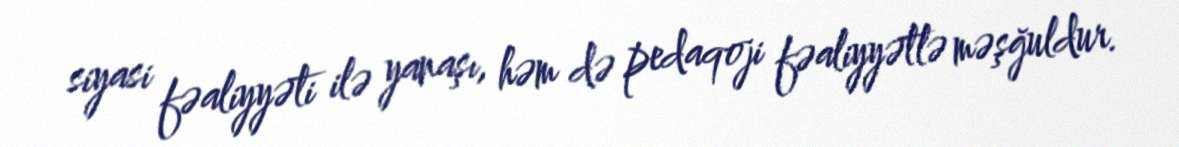
siyasi fəaliyyəti ilə yanaşı, həm də pedaqoji fəaliyyətlə məşğuldur.